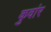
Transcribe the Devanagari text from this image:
कुवांर